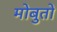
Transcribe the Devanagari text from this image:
मोबुतो